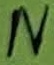
Text: N